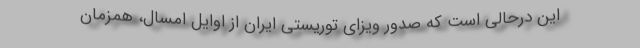
این درحالی است که صدور ویزای توریستی ایران از اوایل امسال، همزمان